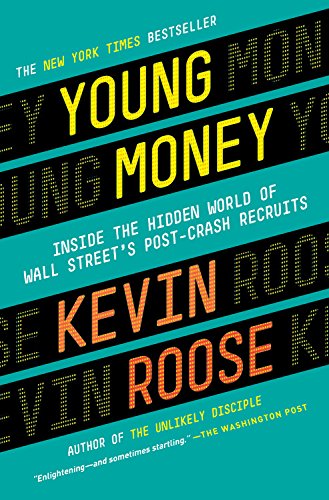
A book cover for Young Money: Inside the Hidden World of Wall Street's Post-Crash Recruits; Kevin Roose; Business & Money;